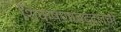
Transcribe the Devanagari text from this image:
शिक्षणाबद्दलची